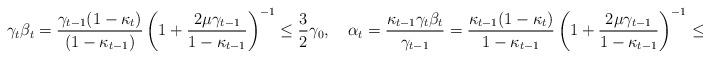
LaTeX: \begin{align*}\gamma_t\beta_t=\frac{\gamma_{t-1}(1-\kappa_t)}{(1-\kappa_{t-1})}\left(1+\frac{2\mu\gamma_{t-1}}{1-\kappa_{t-1}}\right)^{-1}\leq\frac{3}{2}\gamma_0,\quad\alpha_t=\frac{\kappa_{t-1}\gamma_t\beta_t}{\gamma_{t-1}}=\frac{\kappa_{t-1}(1-\kappa_{t})}{1-\kappa_{t-1}}\left(1+\frac{2\mu\gamma_{t-1}}{1-\kappa_{t-1}}\right)^{-1}\leq\frac{1}{2}. \end{align*}